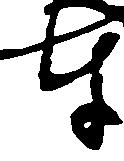
奉